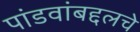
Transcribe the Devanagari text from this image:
पांडवांबद्दलचे